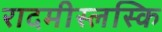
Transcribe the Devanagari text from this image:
रादमीस्लस्कि